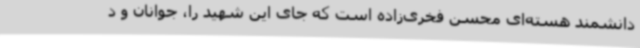
دانشمند هسته‌ای محسن فخری‌زاده است که جای این شهید را، جوانان و د